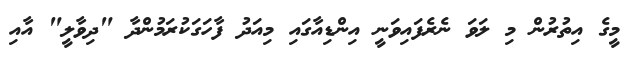
މީގެ އިތުރުން މި ލަވަ ނެރެފައިވަނީ އިންޑިއާގައި މިއަދު ފާހަގަކުރަމުންދާ "ދިވާލީ" އާއި